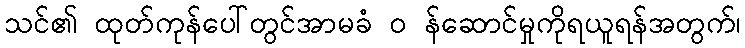
သင်၏ ထုတ်ကုန်ပေါ်တွင်အာမခံ ၀ န်ဆောင်မှုကိုရယူရန်အတွက်၊